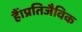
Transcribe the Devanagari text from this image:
हैं।प्रतिजैविक